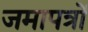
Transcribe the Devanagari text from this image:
जमापत्रों